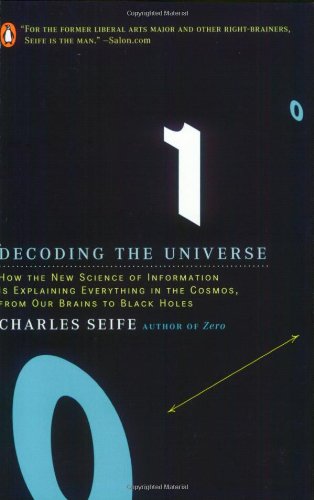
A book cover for Decoding the Universe: How the New Science of Information Is Explaining Everything in the Cosmos, from Our Brains to Black Holes; Charles Seife; Computers & Technology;